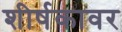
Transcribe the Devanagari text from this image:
शीर्षकावर